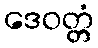
ဒေဝတ္တံ